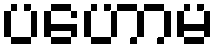
ပဟောမ